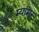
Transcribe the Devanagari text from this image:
म्यांमर